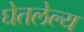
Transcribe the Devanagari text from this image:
घेतलेल्य